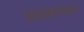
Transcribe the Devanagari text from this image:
सरड्यांच्या